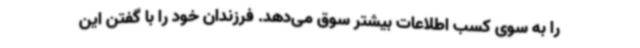
را به سوی کسب اطلاعات بیشتر سوق می‌دهد. فرزندان خود را با گفتن این